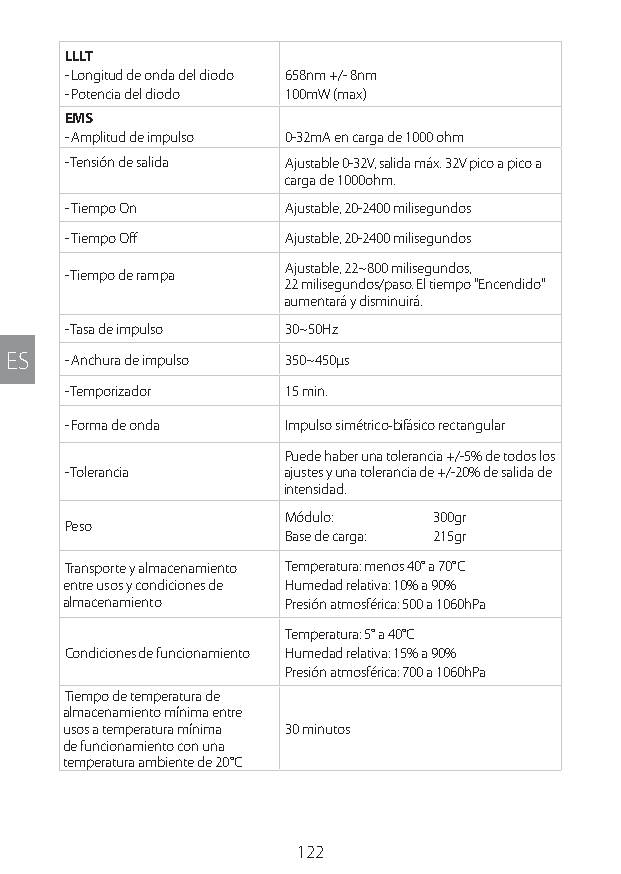
LLLT
 - Longitud de onda del diodo 658nm +/- 8nm
 - Potencia del diodo 100mW (max)
 EMS
 - Amplitud de impulso 0-32mA en carga de 1000 ohm
 - Tensión de salida Ajustable 0-32V, salida máx. 32V pico a pico a
 carga de 1000ohm.
 - Tiempo On    Ajustable, 20-2400 milisegundos
 - Tiempo Off   Ajustable, 20-2400 milisegundos
 Ajustable, 22~800 milisegundos,
 - Tiempo de rampa
 22 milisegundos/paso. El tiempo "Encendido"
 aumentará y disminuirá.
 - Tasa de impulso 30~50Hz
 ES  - Anchura de impulso 350~450µs
 - Temporizador 15 min.
 - Forma de onda Impulso simétrico‐bifásico rectangular
 Puede haber una tolerancia +/-5% de todos los
 - Tolerancia  ajustes y una tolerancia de +/-20% de salida de
 intensidad.
 Módulo:  300gr
 Peso
 Base de carga: 215gr
 Transporte y almacenamiento Temperatura: menos 40° a 70°C
 entre usos y condiciones de Humedad relativa: 10% a 90%
 almacenamiento Presión atmosférica: 500 a 1060hPa
 Temperatura: 5° a 40°C
 Condiciones de funcionamiento Humedad relativa: 15% a 90%
 Presión atmosférica: 700 a 1060hPa
 Tiempo de temperatura de
 almacenamiento mínima entre
 usos a temperatura mínima 30 minutos
 de funcionamiento con una
 temperatura ambiente de 20°C
 122
 Lipo UM EU124 3545B inside ALL EU124 ED296-24 release.indd 122 14/08/2018 10:57:39